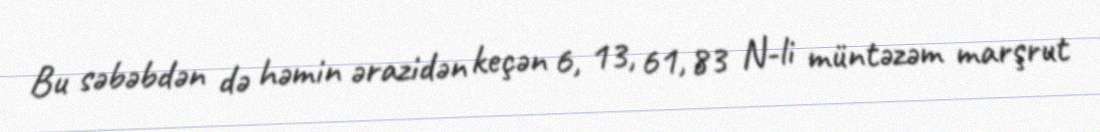
Bu səbəbdən də həmin ərazidən keçən 6, 13, 61, 83 N-li müntəzəm marşrut